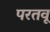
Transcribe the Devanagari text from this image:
परतवू